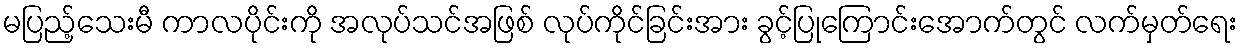
မပြည့်သေးမီ ကာလပိုင်းကို အလုပ်သင်အဖြစ် လုပ်ကိုင်ခြင်းအား ခွင့်ပြုကြောင်းအောက်တွင် လက်မှတ်ရေး